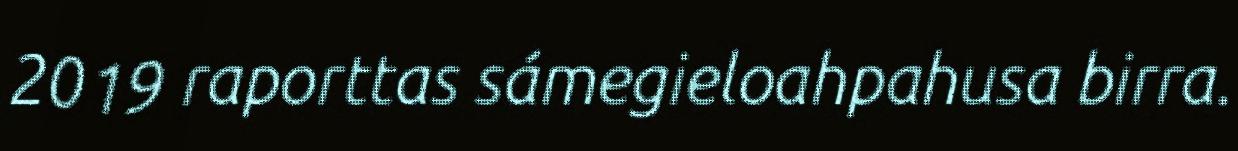
2019 raporttas sámegieloahpahusa birra.